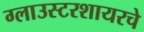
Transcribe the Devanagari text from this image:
ग्लाउस्टरशायरचे